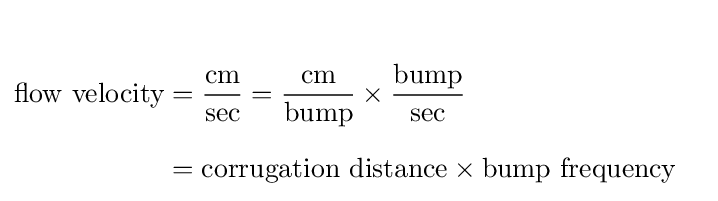
{\begin{aligned}{}\\[1pt]{\text{flow velocity}}&={\frac {\text{cm}}{\text{sec}}}={\frac {\text{cm}}{\text{bump}}}\times {\frac {\text{bump}}{\text{sec}}}\\[6pt]&={\text{corrugation distance}}\times {\text{bump frequency}}\end{aligned}}